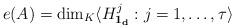
LaTeX: \begin{align*}e(A)=\dim_K\langle H^j_{\bf 1_d}:j=1,\dots,\tau\rangle \end{align*}